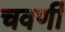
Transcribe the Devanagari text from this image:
चवर्णी